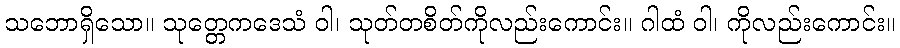
သဘောရှိသော။ သုတ္တေကဒေသံ ဝါ၊ သုတ်တစိတ်ကိုလည်းကောင်း။ ဂါထံ ဝါ၊ ကိုလည်းကောင်း။